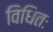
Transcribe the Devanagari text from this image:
विधितः